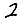
Digit: 2